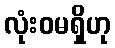
လုံးဝမရှိဟု